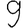
Digit: 9